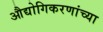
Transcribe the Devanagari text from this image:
औद्योगिकरणांच्या